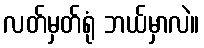
လတ်မှတ်ရုံ ဘယ်မှာလဲ။